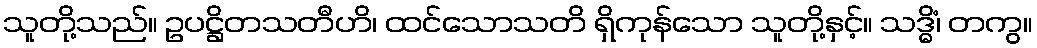
သူတို့သည်။ ဥပဋ္ဌိတသတီဟိ၊ ထင်သောသတိ ရှိကုန်သော သူတို့နှင့်။ သဒ္ဓိံ၊ တကွ။